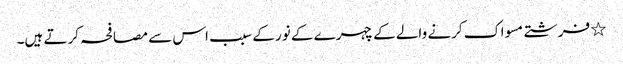
٭ فرشتے مسواک کرنے والے کے چہرے کے نور کے سبب اس سے مصافحہ کرتے ہیں۔